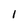
Character: 1